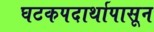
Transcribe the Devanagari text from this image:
घटकपदार्थापासून